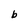
Character: b